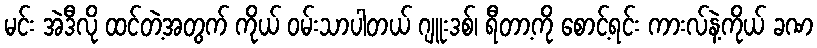
မင်း အဲဒီလို ထင်တဲ့အတွက် ကိုယ် ဝမ်းသာပါတယ် ဂျူးဒစ်၊ ရီတာ့ကို စောင့်ရင်း ကားလ်နဲ့ကိုယ် ခဏ